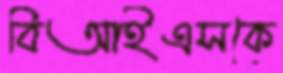
বিআইএসকে